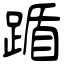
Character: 踲